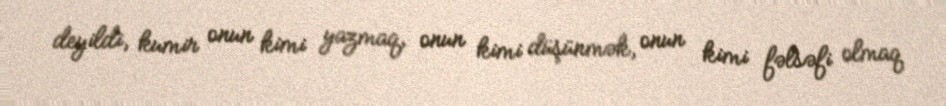
deyildi, kumir onun kimi yazmaq, onun kimi düşünmək, onun kimi fəlsəfi olmaq